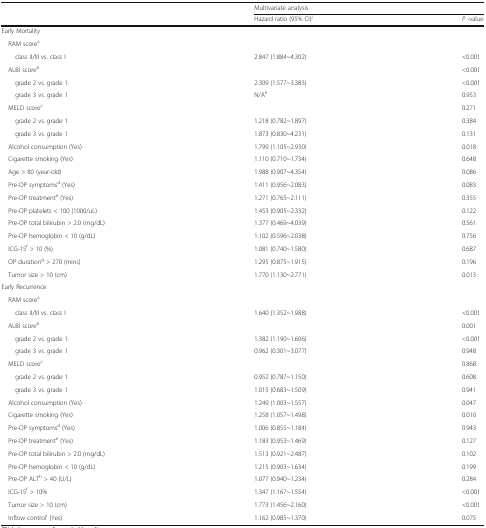
<table><thead><tr><td></td><td colspan="2"><b>Multivariate analysis</b></td></tr><tr><td></td><td><b>Hazard ratio (95% CI)<sup>j</sup></b></td><td><b><i>P</i> -value</b></td></tr></thead><tbody><tr><td colspan="3">Early Mortality</td></tr><tr><td colspan="3"> RAM score<sup>a</sup></td></tr><tr><td>class II/III vs. class I</td><td>2.847 (1.884~4.302)</td><td>&lt;0.001</td></tr><tr><td> ALBI score<sup>b</sup></td><td></td><td>&lt;0.001</td></tr><tr><td>grade 2 vs. grade 1</td><td>2.309 (1.577~3.383)</td><td>&lt;0.001</td></tr><tr><td>grade 3 vs. grade 1</td><td>N/A<sup>k</sup></td><td>0.953</td></tr><tr><td> MELD score<sup>c</sup></td><td></td><td>0.271</td></tr><tr><td>grade 2 vs. grade 1</td><td>1.218 (0.782~1.897)</td><td>0.384</td></tr><tr><td>grade 3 vs. grade 1</td><td>1.873 (0.830~4.231)</td><td>0.131</td></tr><tr><td> Alcohol consumption (Yes)</td><td>1.799 (1.105~2.930)</td><td>0.018</td></tr><tr><td> Cigarette smoking (Yes)</td><td>1.110 (0.710~1.734)</td><td>0.648</td></tr><tr><td> Age &gt; 80 (year-old)</td><td>1.988 (0.907~4.354)</td><td>0.086</td></tr><tr><td> Pre-OP symptoms<sup>d</sup> (Yes)</td><td>1.411 (0.956~2.083)</td><td>0.083</td></tr><tr><td> Pre-OP treatment<sup>e</sup> (Yes)</td><td>1.271 (0.765~2.111)</td><td>0.355</td></tr><tr><td> Pre-OP platelets &lt; 100 (1000/uL)</td><td>1.453 (0.905~2.332)</td><td>0.122</td></tr><tr><td> Pre-OP total bilirubin &gt; 2.0 (mg/dL)</td><td>1.377 (0.469~4.039)</td><td>0.561</td></tr><tr><td> Pre-OP hemoglobin &lt; 10 (g/dL)</td><td>1.102 (0.596~2.038)</td><td>0.756</td></tr><tr><td> ICG-15<sup>f</sup> &gt; 10 (%)</td><td>1.081 (0.740~1.580)</td><td>0.687</td></tr><tr><td> OP duration<sup>g</sup> &gt; 270 (mins)</td><td>1.295 (0.875~1.915)</td><td>0.196</td></tr><tr><td> Tumor size &gt; 10 (cm)</td><td>1.770 (1.130~2.771)</td><td>0.013</td></tr><tr><td colspan="3">Early Recurrence</td></tr><tr><td colspan="3"> RAM score<sup>a</sup></td></tr><tr><td>class II/III vs. class I</td><td>1.640 (1.352~1.988)</td><td>&lt;0.001</td></tr><tr><td> ALBI score<sup>b</sup></td><td></td><td>0.001</td></tr><tr><td>grade 2 vs. grade 1</td><td>1.382 (1.190~1.606)</td><td>&lt;0.001</td></tr><tr><td>grade 3 vs. grade 1</td><td>0.962 (0.301~3.077)</td><td>0.948</td></tr><tr><td> MELD score<sup>c</sup></td><td></td><td>0.868</td></tr><tr><td>grade 2 vs. grade 1</td><td>0.952 (0.787~1.150)</td><td>0.608</td></tr><tr><td>grade 3 vs. grade 1</td><td>1.015 (0.683~1.509)</td><td>0.941</td></tr><tr><td> Alcohol consumption (Yes)</td><td>1.249 (1.003~1.557)</td><td>0.047</td></tr><tr><td> Cigarette smoking (Yes)</td><td>1.258 (1.057~1.498)</td><td>0.010</td></tr><tr><td> Pre-OP symptoms<sup>d</sup> (Yes)</td><td>1.006 (0.855~1.184)</td><td>0.943</td></tr><tr><td> Pre-OP treatment<sup>e</sup> (Yes)</td><td>1.183 (0.953~1.469)</td><td>0.127</td></tr><tr><td> Pre-OP total bilirubin &gt; 2.0 (mg/dL)</td><td>1.513 (0.921~2.487)</td><td>0.102</td></tr><tr><td> Pre-OP hemoglobin &lt; 10 (g/dL)</td><td>1.215 (0.903~1.634)</td><td>0.199</td></tr><tr><td> Pre-OP ALT<sup>h</sup> &gt; 40 (U/L)</td><td>1.077 (0.940~1.234)</td><td>0.284</td></tr><tr><td> ICG-15<sup>f</sup> &gt; 10%</td><td>1.347 (1.167~1.554)</td><td>&lt;0.001</td></tr><tr><td> Tumor size &gt; 10 (cm)</td><td>1.773 (1.456~2.160)</td><td>&lt;0.001</td></tr><tr><td> Inflow control<sup>i</sup> (Yes)</td><td>1.162 (0.985~1.370)</td><td>0.075</td></tr></tbody></table>